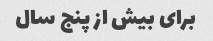
برای بیش از پنج سال